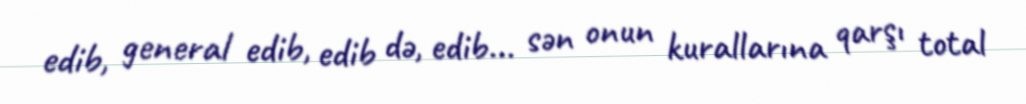
edib, general edib, edib də, edib... sən onun kurallarına qarşı total